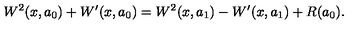
W ^ { 2 } ( x , a _ { 0 } ) + W ^ { \prime } ( x , a _ { 0 } ) = W ^ { 2 } ( x , a _ { 1 } ) - W ^ { \prime } ( x , a _ { 1 } ) + R ( a _ { 0 } ) .